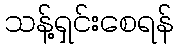
သန့်ရှင်းစေရန်